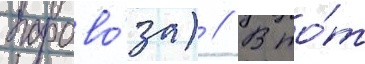
парово́за) // В то́т